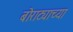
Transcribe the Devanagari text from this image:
बोराट्याच्या